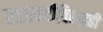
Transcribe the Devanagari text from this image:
राजवटीविरुद्धही